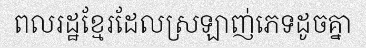
ពលរដ្ឋខ្មែរដែលស្រឡាញ់ភេទដូចគ្នា